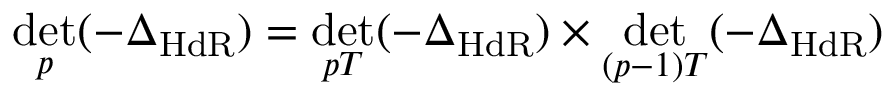
\operatorname * { d e t } _ { p } ( - \Delta _ { \mathrm { H d R } } ) = \operatorname * { d e t } _ { p T } ( - \Delta _ { \mathrm { H d R } } ) \times \operatorname * { d e t } _ { ( p - 1 ) T } ( - \Delta _ { \mathrm { H d R } } )